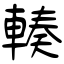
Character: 輳